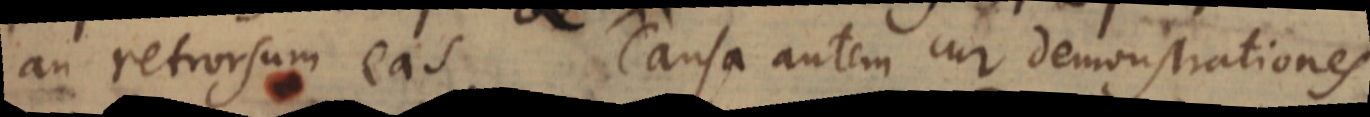
an retrorsum eas. Causa autem cur demonstrationes